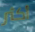
أكثر